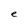
Character: e